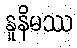
နူနိမဿ